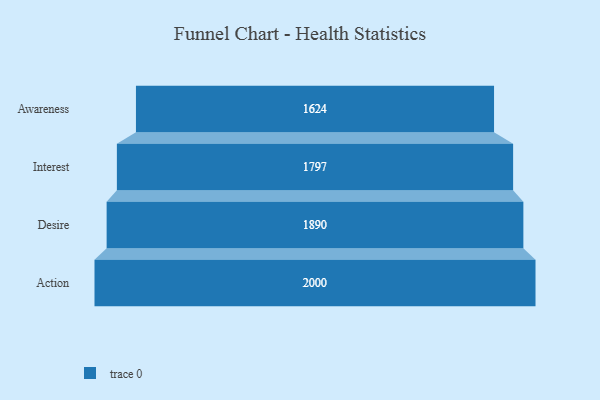
{"axis": {"x": "Stage", "y": "Value"}, "legend": [""], "data": [{"x": "Awareness", "y": 1624.0, "type": ""}, {"x": "Interest", "y": 1797.0, "type": ""}, {"x": "Desire", "y": 1890.0, "type": ""}, {"x": "Action", "y": 2000, "type": ""}]}